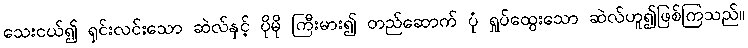
သေးငယ်၍ ရှင်းလင်းသော ဆဲလ်နှင့် ပိုမို ကြီးမား၍ တည်ဆောက် ပုံ ရှုပ်ထွေးသော ဆဲလ်ဟူ၍ဖြစ်ကြသည်။